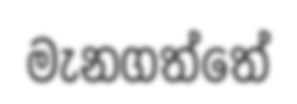
මැනගත්තේ